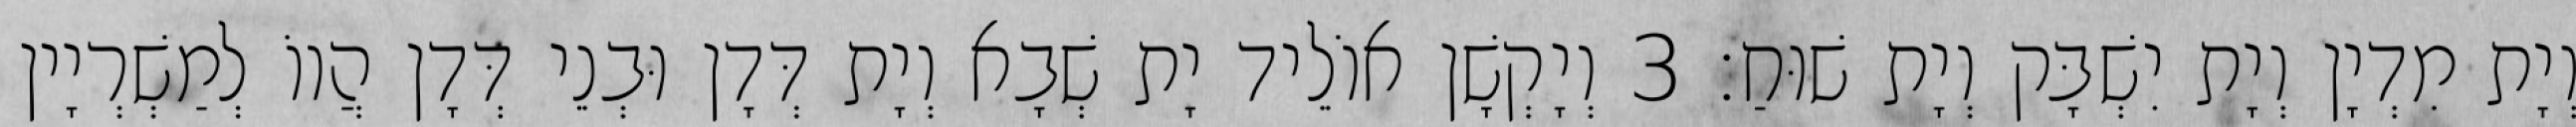
וְיָת מִדְיָן וְיָת יִשְׁבָּק וְיָת שׁוּחַ׃ 3 וְיָקְשָׁן אוֹלֵיד יָת שְׁבָא וְיָת דְּדָן וּבְנֵי דְּדָן הֲווֹ לְמַשְׁרְיָין